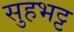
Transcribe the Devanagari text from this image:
सुहभट्ट